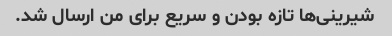
شیرینی‌ها تازه بودن و سریع برای من ارسال شد.